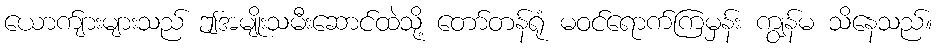
ယောက်ျားများသည် ဤအမျိုးသမီးဆောင်ထဲသို့ တော်တန်ရုံ မဝင်ရောက်ကြမှန်း ကျွန်မ သိနေသည်။